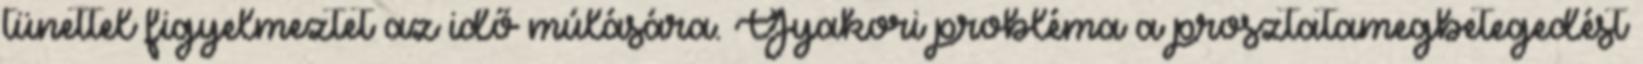
tünettel figyelmeztet az idő múlására. Gyakori probléma a prosztatamegbetegedést